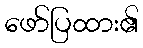
ဖော်ပြထား၏